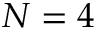
N = 4